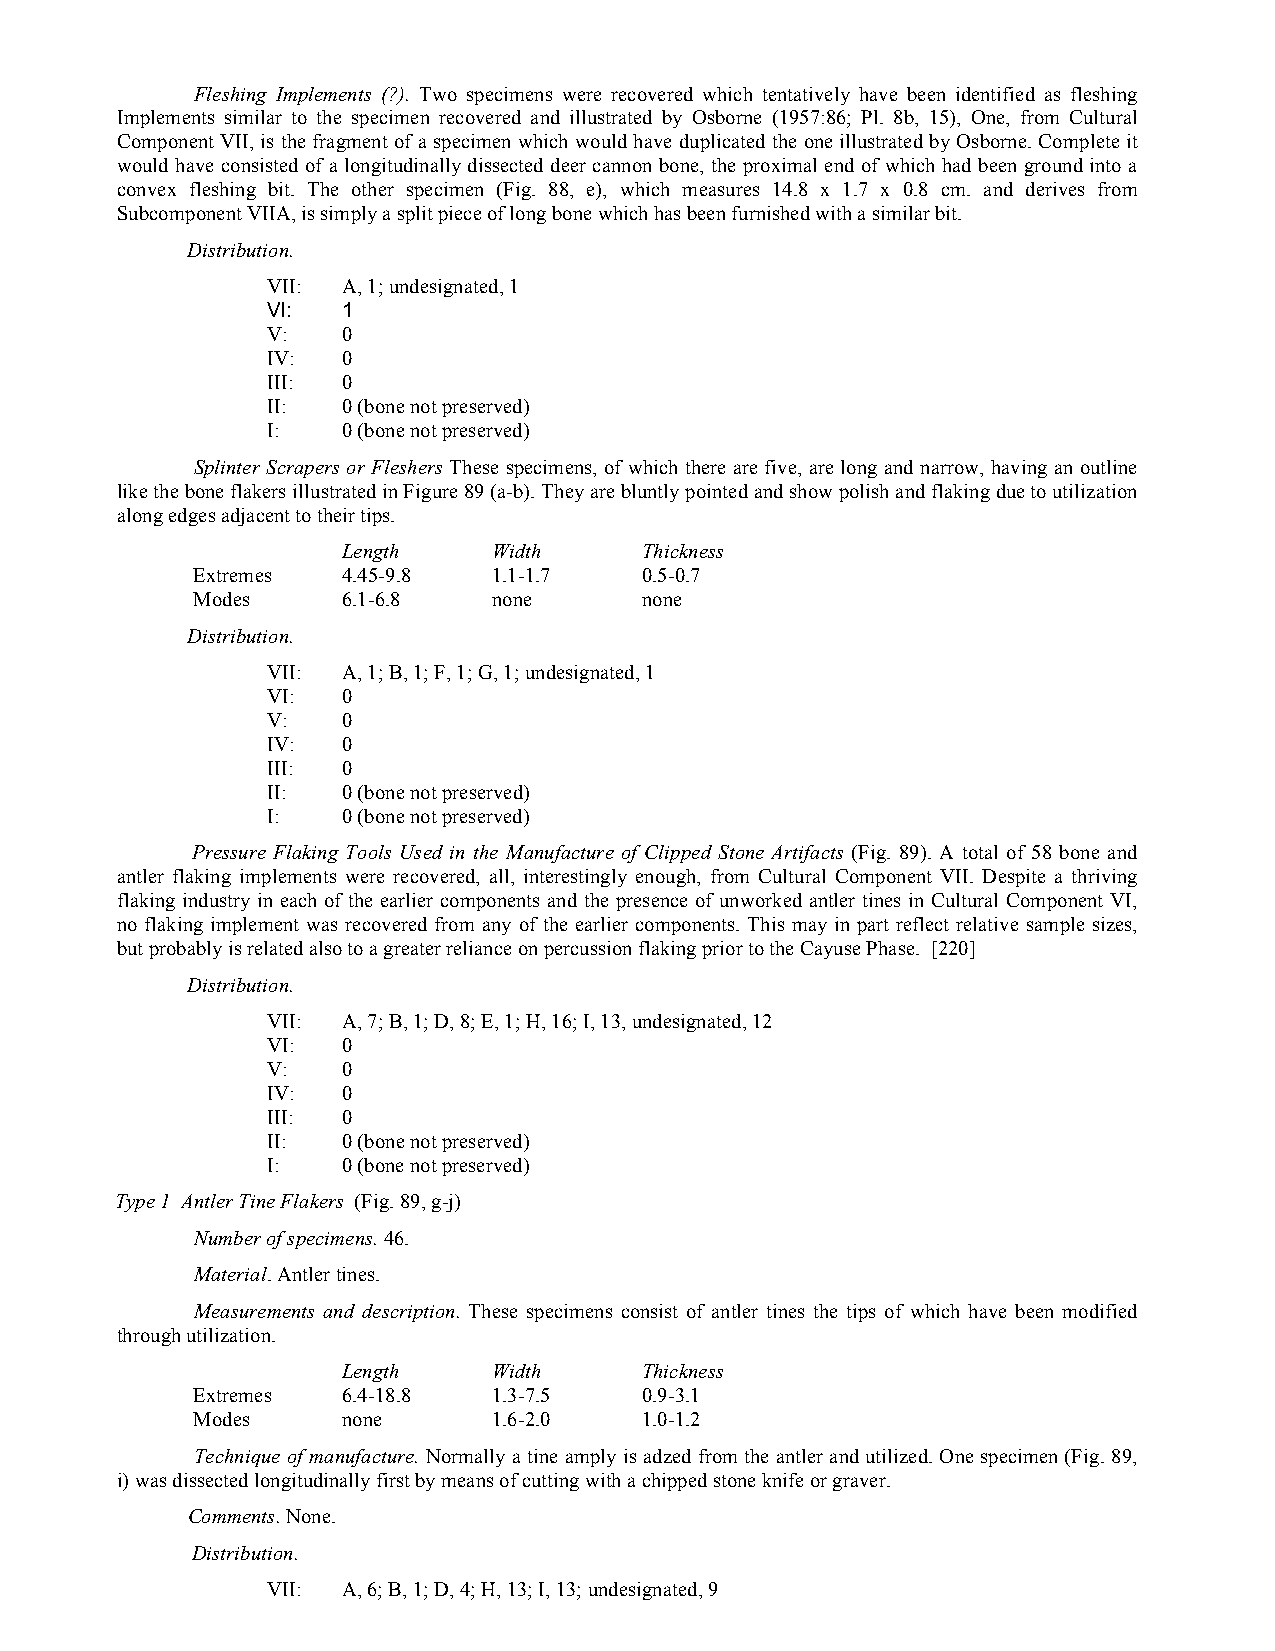
Fleshing Implements (?). Two specimens were recovered which tentatively have been identified as fleshing
 Implements similar to the specimen recovered and illustrated by Osborne (1957:86; Pl. 8b, 15), One, from Cultural
 Component VII, is the fragment of a specimen which would have duplicated the one illustrated by Osborne. Complete it
 would have consisted of a longitudinally dissected deer cannon bone, the proximal end of which had been ground into a
 convex fleshing bit. The other specimen (Fig. 88, e), which measures 14.8 x 1.7 x 0.8 cm. and derives from
 Subcomponent VIIA, is simply a split piece of long bone which has been furnished with a similar bit.
 Distribution.
 VII: A, 1; undesignated, 1
 VI:  1
 V:   0
 IV:  0
 III: 0
 II:  0 (bone not preserved)
 I:   0 (bone not preserved)
 Splinter Scrapers or Fleshers These specimens, of which there are five, are long and narrow, having an outline
 like the bone flakers illustrated in Figure 89 (a-b). They are bluntly pointed and show polish and flaking due to utilization
 along edges adjacent to their tips.
 Length    Width    Thickness
 Extremes  4.45-9.8  1.1-1.7  0.5-0.7
 Modes     6.1-6.8   none     none
 Distribution.
 VII: A, 1; B, 1; F, 1; G, 1; undesignated, 1
 VI:  0
 V:   0
 IV:  0
 III: 0
 II:  0 (bone not preserved)
 I:   0 (bone not preserved)
 Pressure Flaking Tools Used in the Manufacture of Clipped Stone Artifacts (Fig. 89). A total of 58 bone and
 antler flaking implements were recovered, all, interestingly enough, from Cultural Component VII. Despite a thriving
 flaking industry in each of the earlier components and the presence of unworked antler tines in Cultural Component VI,
 no flaking implement was recovered from any of the earlier components. This may in part reflect relative sample sizes,
 but probably is related also to a greater reliance on percussion flaking prior to the Cayuse Phase. [220]
 Distribution.
 VII: A, 7; B, 1; D, 8; E, 1; H, 16; I, 13, undesignated, 12
 VI:  0
 V:   0
 IV:  0
 III: 0
 II:  0 (bone not preserved)
 I:   0 (bone not preserved)
 Type 1 Antler Tine Flakers (Fig. 89, g-j)
 Number of specimens. 46.
 Material. Antler tines.
 Measurements and description. These specimens consist of antler tines the tips of which have been modified
 through utilization.
 Length    Width    Thickness
 Extremes  6.4-18.8  1.3-7.5  0.9-3.1
 Modes     none      1.6-2.0  1.0-1.2
 Technique of manufacture. Normally a tine amply is adzed from the antler and utilized. One specimen (Fig. 89,
 i) was dissected longitudinally first by means of cutting with a chipped stone knife or graver.
 Comments. None.
 Distribution.
 VII: A, 6; B, 1; D, 4; H, 13; I, 13; undesignated, 9